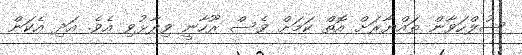
ސުލްހަވާން ތައްޔާރަށް އޮތް ކަމަށް ވެސް ރޫހާނީ ވިދާޅުވި އެވެ. އަދި އެކަން